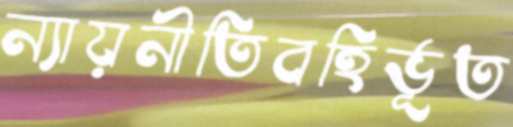
ন্যায়নীতিবহির্ভূত